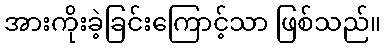
အားကိုးခဲ့ခြင်းကြောင့်သာ ဖြစ်သည်။